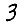
Digit: 3